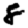
Digit: 8